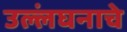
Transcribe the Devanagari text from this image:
उल्लंघनाचे